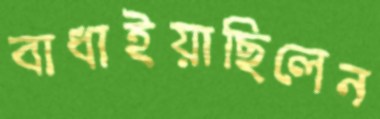
বাধাইয়াছিলেন